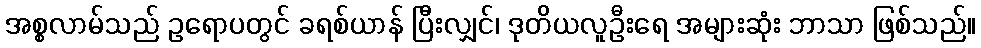
အစ္စလာမ်သည် ဥရောပတွင် ခရစ်ယာန် ပြီးလျှင်၊ ဒုတိယလူဦးရေ အများဆုံး ဘာသာ ဖြစ်သည်။